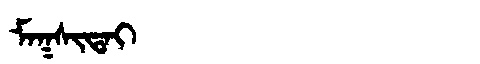
Manchu: ᠮᠠᡴᠰᡳᡨᠠᡳ
Romanization: MAKSITAI